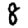
Digit: 8